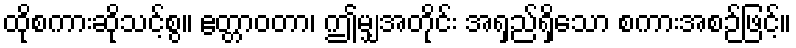
ထိုစကားဆိုသင့်စွ။ ဧတ္တာဝတာ၊ ဤမျှအတိုင်း အရှည်ရှိသော စကားအစဉ်ဖြင့်။